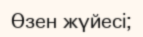
Өзен жүйесі;